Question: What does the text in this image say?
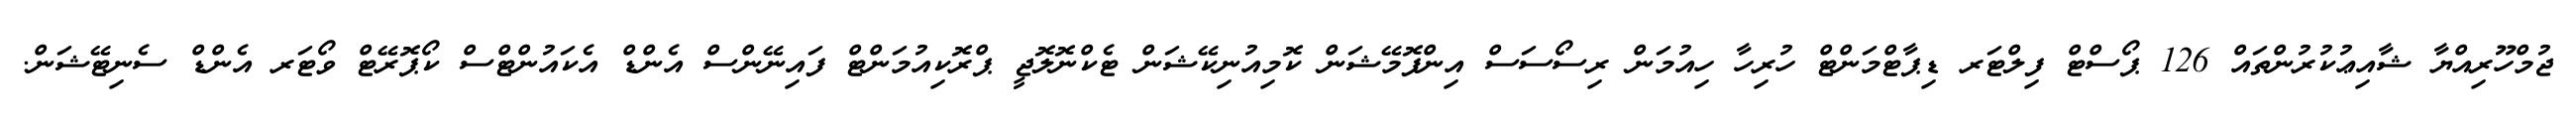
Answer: ޖުމްހޫރިއްޔާ ޝާއިޢުކުރުންތައް 126 ޕޯސްޓް ފިލްޓަރ ޑިޕާޓްމަންޓް ހުރިހާ ހިއުމަން ރިސޯސަސް އިންފޮމޭޝަން ކޮމިއުނިކޭޝަން ޓެކްނޮލޮޖީ ޕްރޮކިއުމަންޓް ފައިނޭންސް އެންޑް އެކައުންޓްސް ކޯޕޮރޭޓް ވޯޓަރ އެންޑް ސެނިޓޭޝަން.